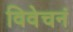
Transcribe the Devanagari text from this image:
विवेचनं